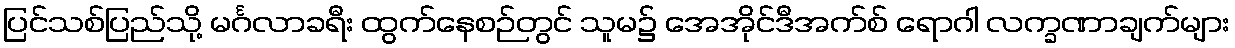
ပြင်သစ်ပြည်သို့ မင်္ဂလာခရီး ထွက်နေစဉ်တွင် သူမ၌ အေအိုင်ဒီအက်စ် ရောဂါ လက္ခဏာချက်များ